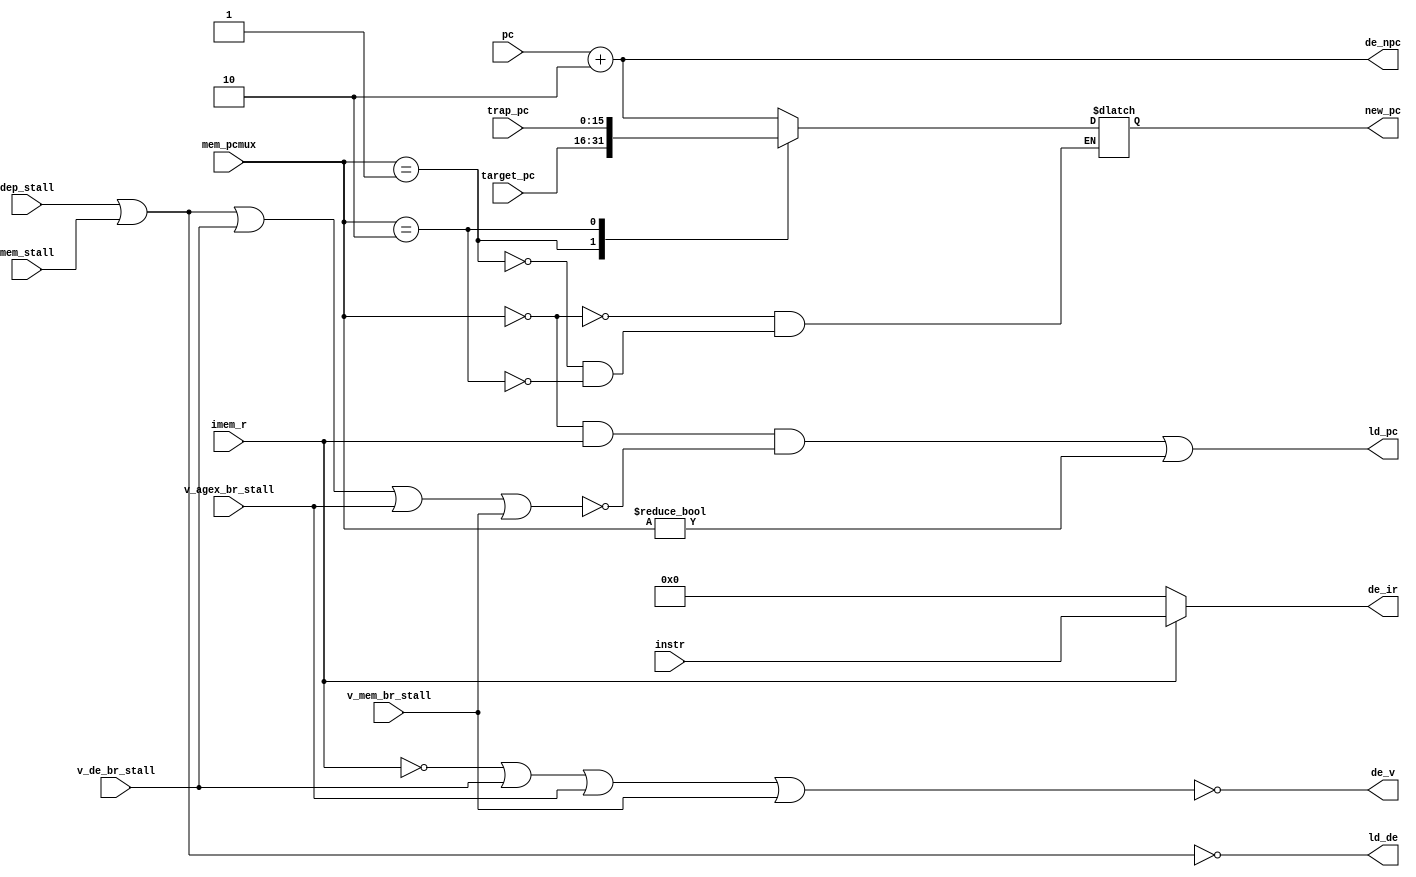
//////////////////////////////////////////////////////////////////////////////////
//
// Modules: FetchStage
// Description: Encapsulates the fetch stage of the pipeline.
//
//////////////////////////////////////////////////////////////////////////////////

`ifndef FETCH_STAGE_V
`define FETCH_STAGE_V

module FetchStage(
    input [15:0] pc,
    input dep_stall,
    input mem_stall,
    input v_de_br_stall,
    input v_agex_br_stall,
    input v_mem_br_stall,
    input imem_r,
    input [1:0] mem_pcmux,
    input [15:0] target_pc,
    input [15:0] trap_pc,
    input [15:0] instr,
    output ld_pc,
    output [15:0] de_npc,
    output [15:0] de_ir,
    output de_v,
    output ld_de,
    output reg [15:0] new_pc
);

    wire [15:0] pc_plus_two = pc + 2;

    assign de_npc = pc_plus_two;
    assign de_ir = (imem_r == 1) ? instr : 16'b0;
    assign de_v = !(!imem_r || v_de_br_stall || v_agex_br_stall || v_mem_br_stall);
    assign ld_de = !(dep_stall || mem_stall);

    assign ld_pc = (mem_pcmux == 2'b0 && imem_r && !(dep_stall || mem_stall || v_de_br_stall || v_agex_br_stall || v_mem_br_stall)) || (mem_pcmux != 0);

    always @(*) begin
        case (mem_pcmux)
            0: new_pc <= pc_plus_two;
            1: new_pc <= target_pc;
            2: new_pc <= trap_pc;
            4: new_pc <= 16'b0;
        endcase
    end

endmodule

`endif // FETCH_STAGE_V